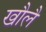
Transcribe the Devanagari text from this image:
खौलै